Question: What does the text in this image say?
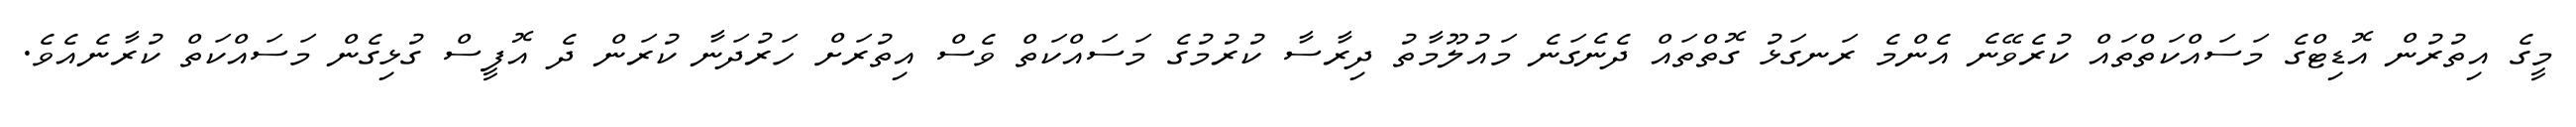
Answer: މީގެ އިތުރުން އޮޑިޓްގެ މަސައްކަތްތައް ކުރެވޭނެ އެންމެ ރަނގަޅު ގޮތްތައް ދެނެގަނެ މައުލޫމާތު ދިރާސާ ކުރުމުގެ މަސައްކަތް ވެސް އިތުރަށް ހަރުދަނާ ކުރަން ދެ އޮފީސް ގުޅިގެން މަސައްކަތް ކުރާނެއެވެ.